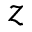
z